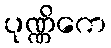
ပုဏ္ဏိကေ